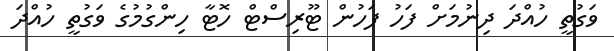
ވަގުތީ ހުއްދަ ދިނުމަށް ފަހު ފަހުން ޓޫރިސްޓް ހޮޓާ ހިންގުމުގެ ވަގުތީ ހުއްދަ